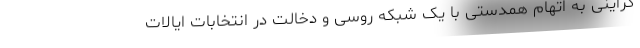
کراینی به اتهام همدستی با یک شبکه روسی و دخالت در انتخابات ایالات